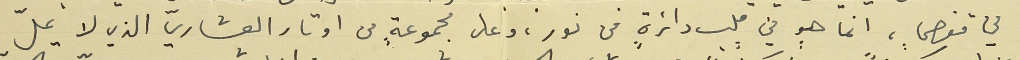
في قفصٍ، انما هو في قلب دائرةٍ من نور، وعلى مجموعةٍ من اوتار العشاريّ الذي لا يملّ